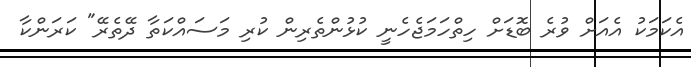
އެކަމަކު އެއަށް ވުރެ ބޮޑަށް ހިތްހަމަޖެހެނީ ކުޅުންތެރިން ކުރި މަސައްކަތާ ދޭތެރޭ" ކަރަންކާ